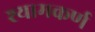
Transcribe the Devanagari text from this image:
श्यामकर्ण